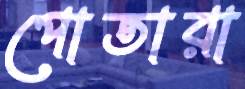
পোতারা